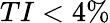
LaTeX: TI<4\%